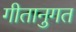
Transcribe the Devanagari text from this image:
गीतानुगत